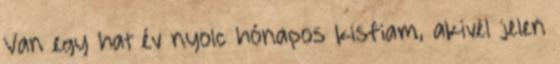
Van egy hat év nyolc hónapos kisfiam, akivel jelen